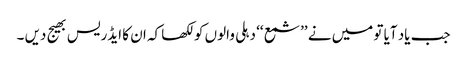
جب یاد آیا تو میں نے ’’شمع ‘‘ دہلی والوں کو لکھا کہ ان کا ایڈریس بھیج دیں ۔